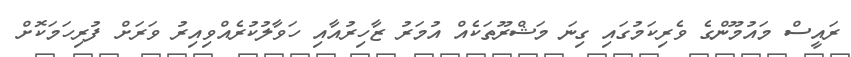
ރައީސް މައުމޫންގެ ވެރިކަމުގައި ގިނަ މަޝްރޫތަކެއް އުމަރު ޒާހިރުއާއި ހަވާލުކުރެއްވިއިރު ވަރަށް ފުރިހަމަކޮށް